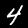
Label: 4